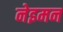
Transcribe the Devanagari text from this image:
नेइमन